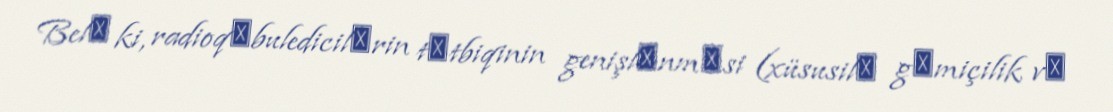
Belә ki, radioqәbuledicilәrin tәtbiqinin genişlәnmәsi (xüsusilә gәmiçilik vә